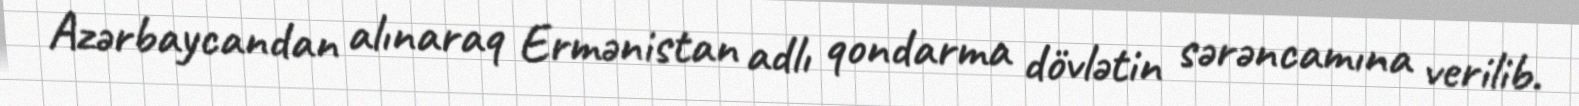
Azərbaycandan alınaraq Ermənistan adlı qondarma dövlətin sərəncamına verilib.